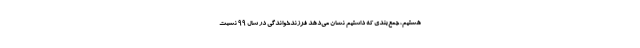
هستیم، جمع‌بندی که داشتیم نشان می‌دهد فرزندخواندگی در سال ۹۹ نسبت